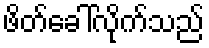
ဖိတ်ခေါ်လိုက်သည်